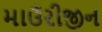
માઉરીજીન